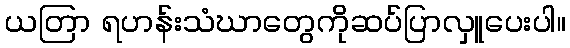
ယတြာ ရဟန်းသံဃာတွေကိုဆပ်ပြာလှူပေးပါ။